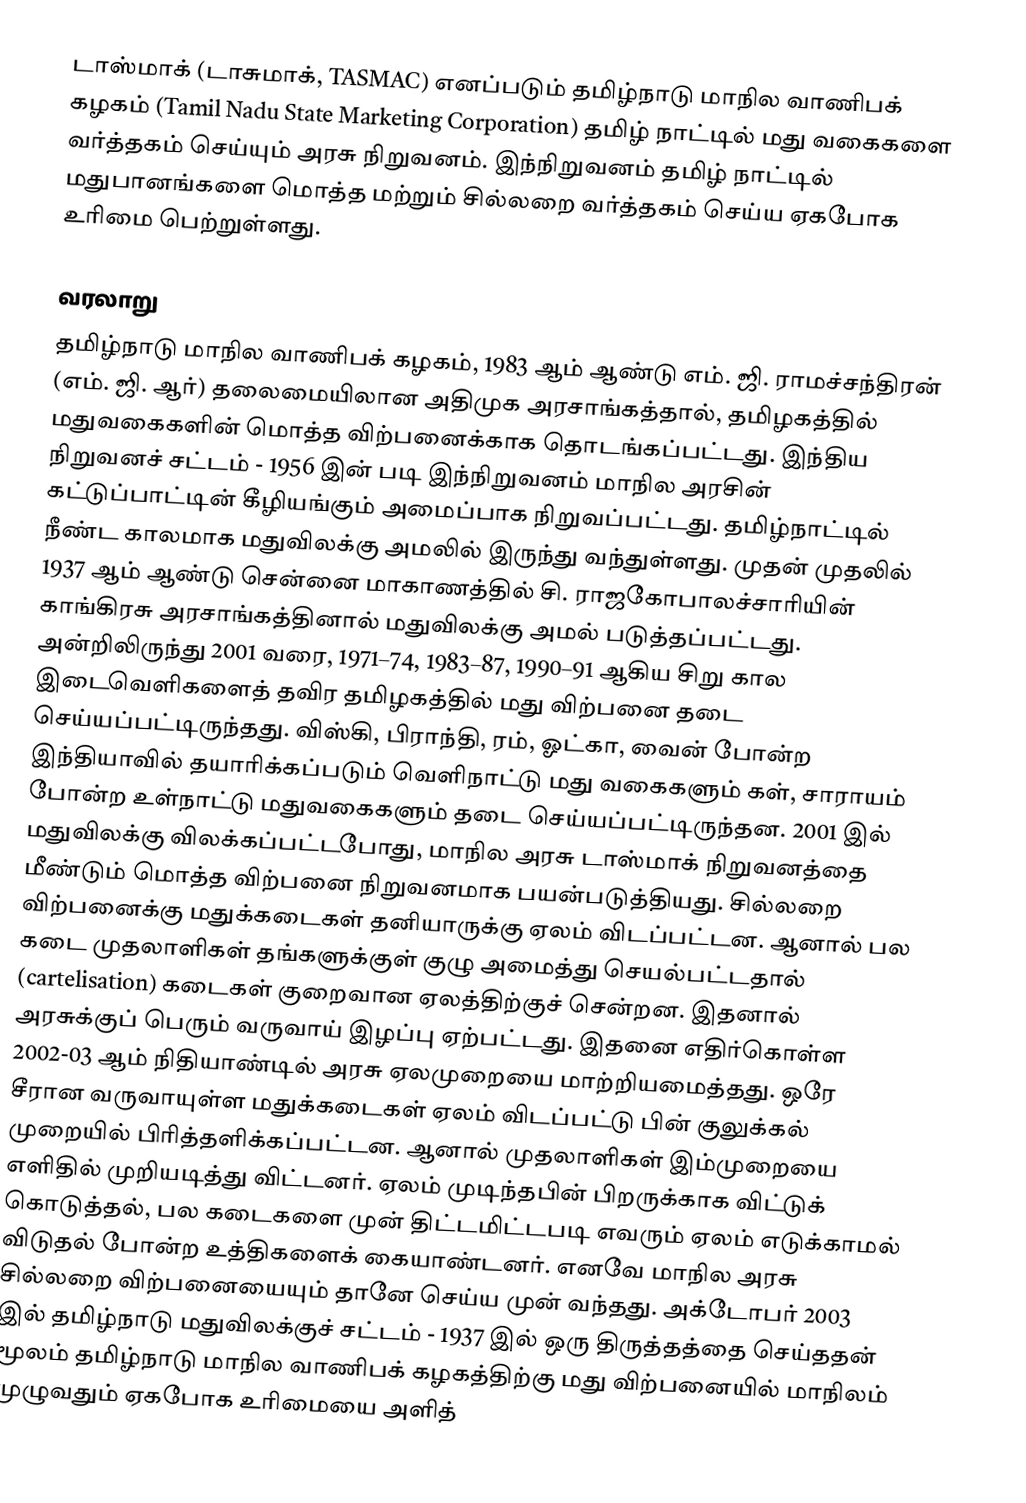
டாஸ்மாக் (டாசுமாக், TASMAC) எனப்படும் தமிழ்நாடு மாநில வாணிபக் கழகம் (Tamil Nadu State Marketing Corporation) தமிழ் நாட்டில் மது வகைகளை வர்த்தகம் செய்யும் அரசு நிறுவனம். இந்நிறுவனம் தமிழ் நாட்டில் மதுபானங்களை மொத்த மற்றும் சில்லறை வர்த்தகம் செய்ய ஏகபோக உரிமை பெற்றுள்ளது.

வரலாறு
தமிழ்நாடு மாநில வாணிபக் கழகம், 1983 ஆம் ஆண்டு எம். ஜி. ராமச்சந்திரன் (எம். ஜி. ஆர்) தலைமையிலான அதிமுக அரசாங்கத்தால், தமிழகத்தில் மதுவகைகளின் மொத்த விற்பனைக்காக தொடங்கப்பட்டது. இந்திய நிறுவனச் சட்டம் - 1956 இன் படி இந்நிறுவனம் மாநில அரசின் கட்டுப்பாட்டின் கீழியங்கும் அமைப்பாக நிறுவப்பட்டது. தமிழ்நாட்டில் நீண்ட காலமாக மதுவிலக்கு அமலில் இருந்து வந்துள்ளது. முதன் முதலில் 1937 ஆம் ஆண்டு சென்னை மாகாணத்தில் சி. ராஜகோபாலச்சாரியின் காங்கிரசு அரசாங்கத்தினால் மதுவிலக்கு அமல் படுத்தப்பட்டது. அன்றிலிருந்து 2001 வரை, 1971–74, 1983–87, 1990–91 ஆகிய சிறு கால இடைவெளிகளைத் தவிர தமிழகத்தில் மது விற்பனை தடை செய்யப்பட்டிருந்தது. விஸ்கி, பிராந்தி, ரம், ஓட்கா, வைன் போன்ற இந்தியாவில் தயாரிக்கப்படும் வெளிநாட்டு மது வகைகளும் கள், சாராயம் போன்ற உள்நாட்டு மதுவகைகளும் தடை செய்யப்பட்டிருந்தன. 2001 இல் மதுவிலக்கு விலக்கப்பட்டபோது, மாநில அரசு டாஸ்மாக் நிறுவனத்தை மீண்டும் மொத்த விற்பனை நிறுவனமாக பயன்படுத்தியது. சில்லறை விற்பனைக்கு மதுக்கடைகள் தனியாருக்கு ஏலம் விடப்பட்டன. ஆனால் பல கடை முதலாளிகள் தங்களுக்குள் குழு அமைத்து செயல்பட்டதால் (cartelisation) கடைகள் குறைவான ஏலத்திற்குச் சென்றன. இதனால் அரசுக்குப் பெரும் வருவாய் இழப்பு ஏற்பட்டது. இதனை எதிர்கொள்ள 2002-03 ஆம் நிதியாண்டில் அரசு ஏலமுறையை மாற்றியமைத்தது. ஒரே சீரான வருவாயுள்ள மதுக்கடைகள் ஏலம் விடப்பட்டு பின் குலுக்கல் முறையில் பிரித்தளிக்கப்பட்டன. ஆனால் முதலாளிகள் இம்முறையை எளிதில் முறியடித்து விட்டனர். ஏலம் முடிந்தபின் பிறருக்காக விட்டுக் கொடுத்தல், பல கடைகளை முன் திட்டமிட்டபடி எவரும் ஏலம் எடுக்காமல் விடுதல் போன்ற உத்திகளைக் கையாண்டனர். எனவே மாநில அரசு சில்லறை விற்பனையையும் தானே செய்ய முன் வந்தது. அக்டோபர் 2003 இல் தமிழ்நாடு மதுவிலக்குச் சட்டம் - 1937 இல் ஒரு திருத்தத்தை செய்ததன் மூலம் தமிழ்நாடு மாநில வாணிபக் கழகத்திற்கு மது விற்பனையில் மாநிலம் முழுவதும் ஏகபோக உரிமையை அளித்